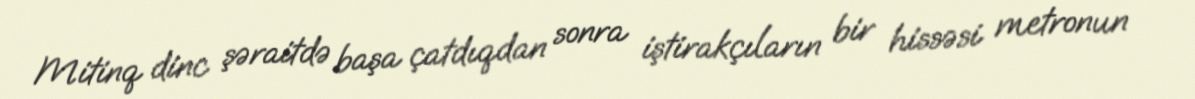
Mitinq dinc şəraitdə başa çatdıqdan sonra iştirakçıların bir hissəsi metronun